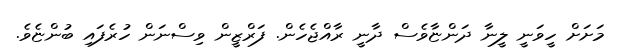
މަށަށް ހީވަނީ ލީނާ ދަންޏާވެސް ދާނީ ރާއްޖެހެން. ފަރްޒީން ވިސްނަން ހުރެފައި ބުންޏެވެ.